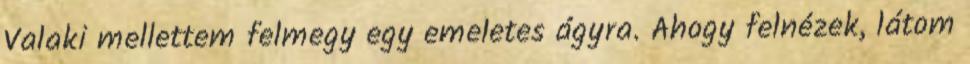
Valaki mellettem felmegy egy emeletes ágyra. Ahogy felnézek, látom